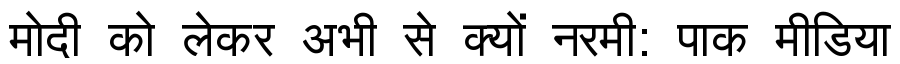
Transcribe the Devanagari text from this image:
मोदी को लेकर अभी से क्यों नरमी: पाक मीडिया